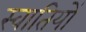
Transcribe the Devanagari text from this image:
स्वातियों